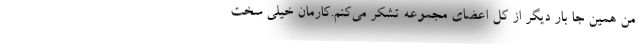
من همین جا بار دیگر از کل اعضای مجموعه تشکر می‌کنم.کارمان خیلی سخت